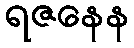
ရဇနေန